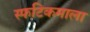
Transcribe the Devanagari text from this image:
स्फटिकमाला